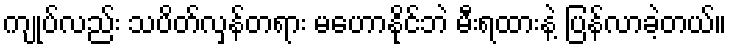
ကျုပ်လည်း သပိတ်လှန်တရား မဟောနိုင်ဘဲ မီးရထားနဲ့ ပြန်လာခဲ့တယ်။